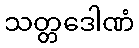
သတ္တဒေါဏံ